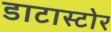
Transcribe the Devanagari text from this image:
डाटास्टोर